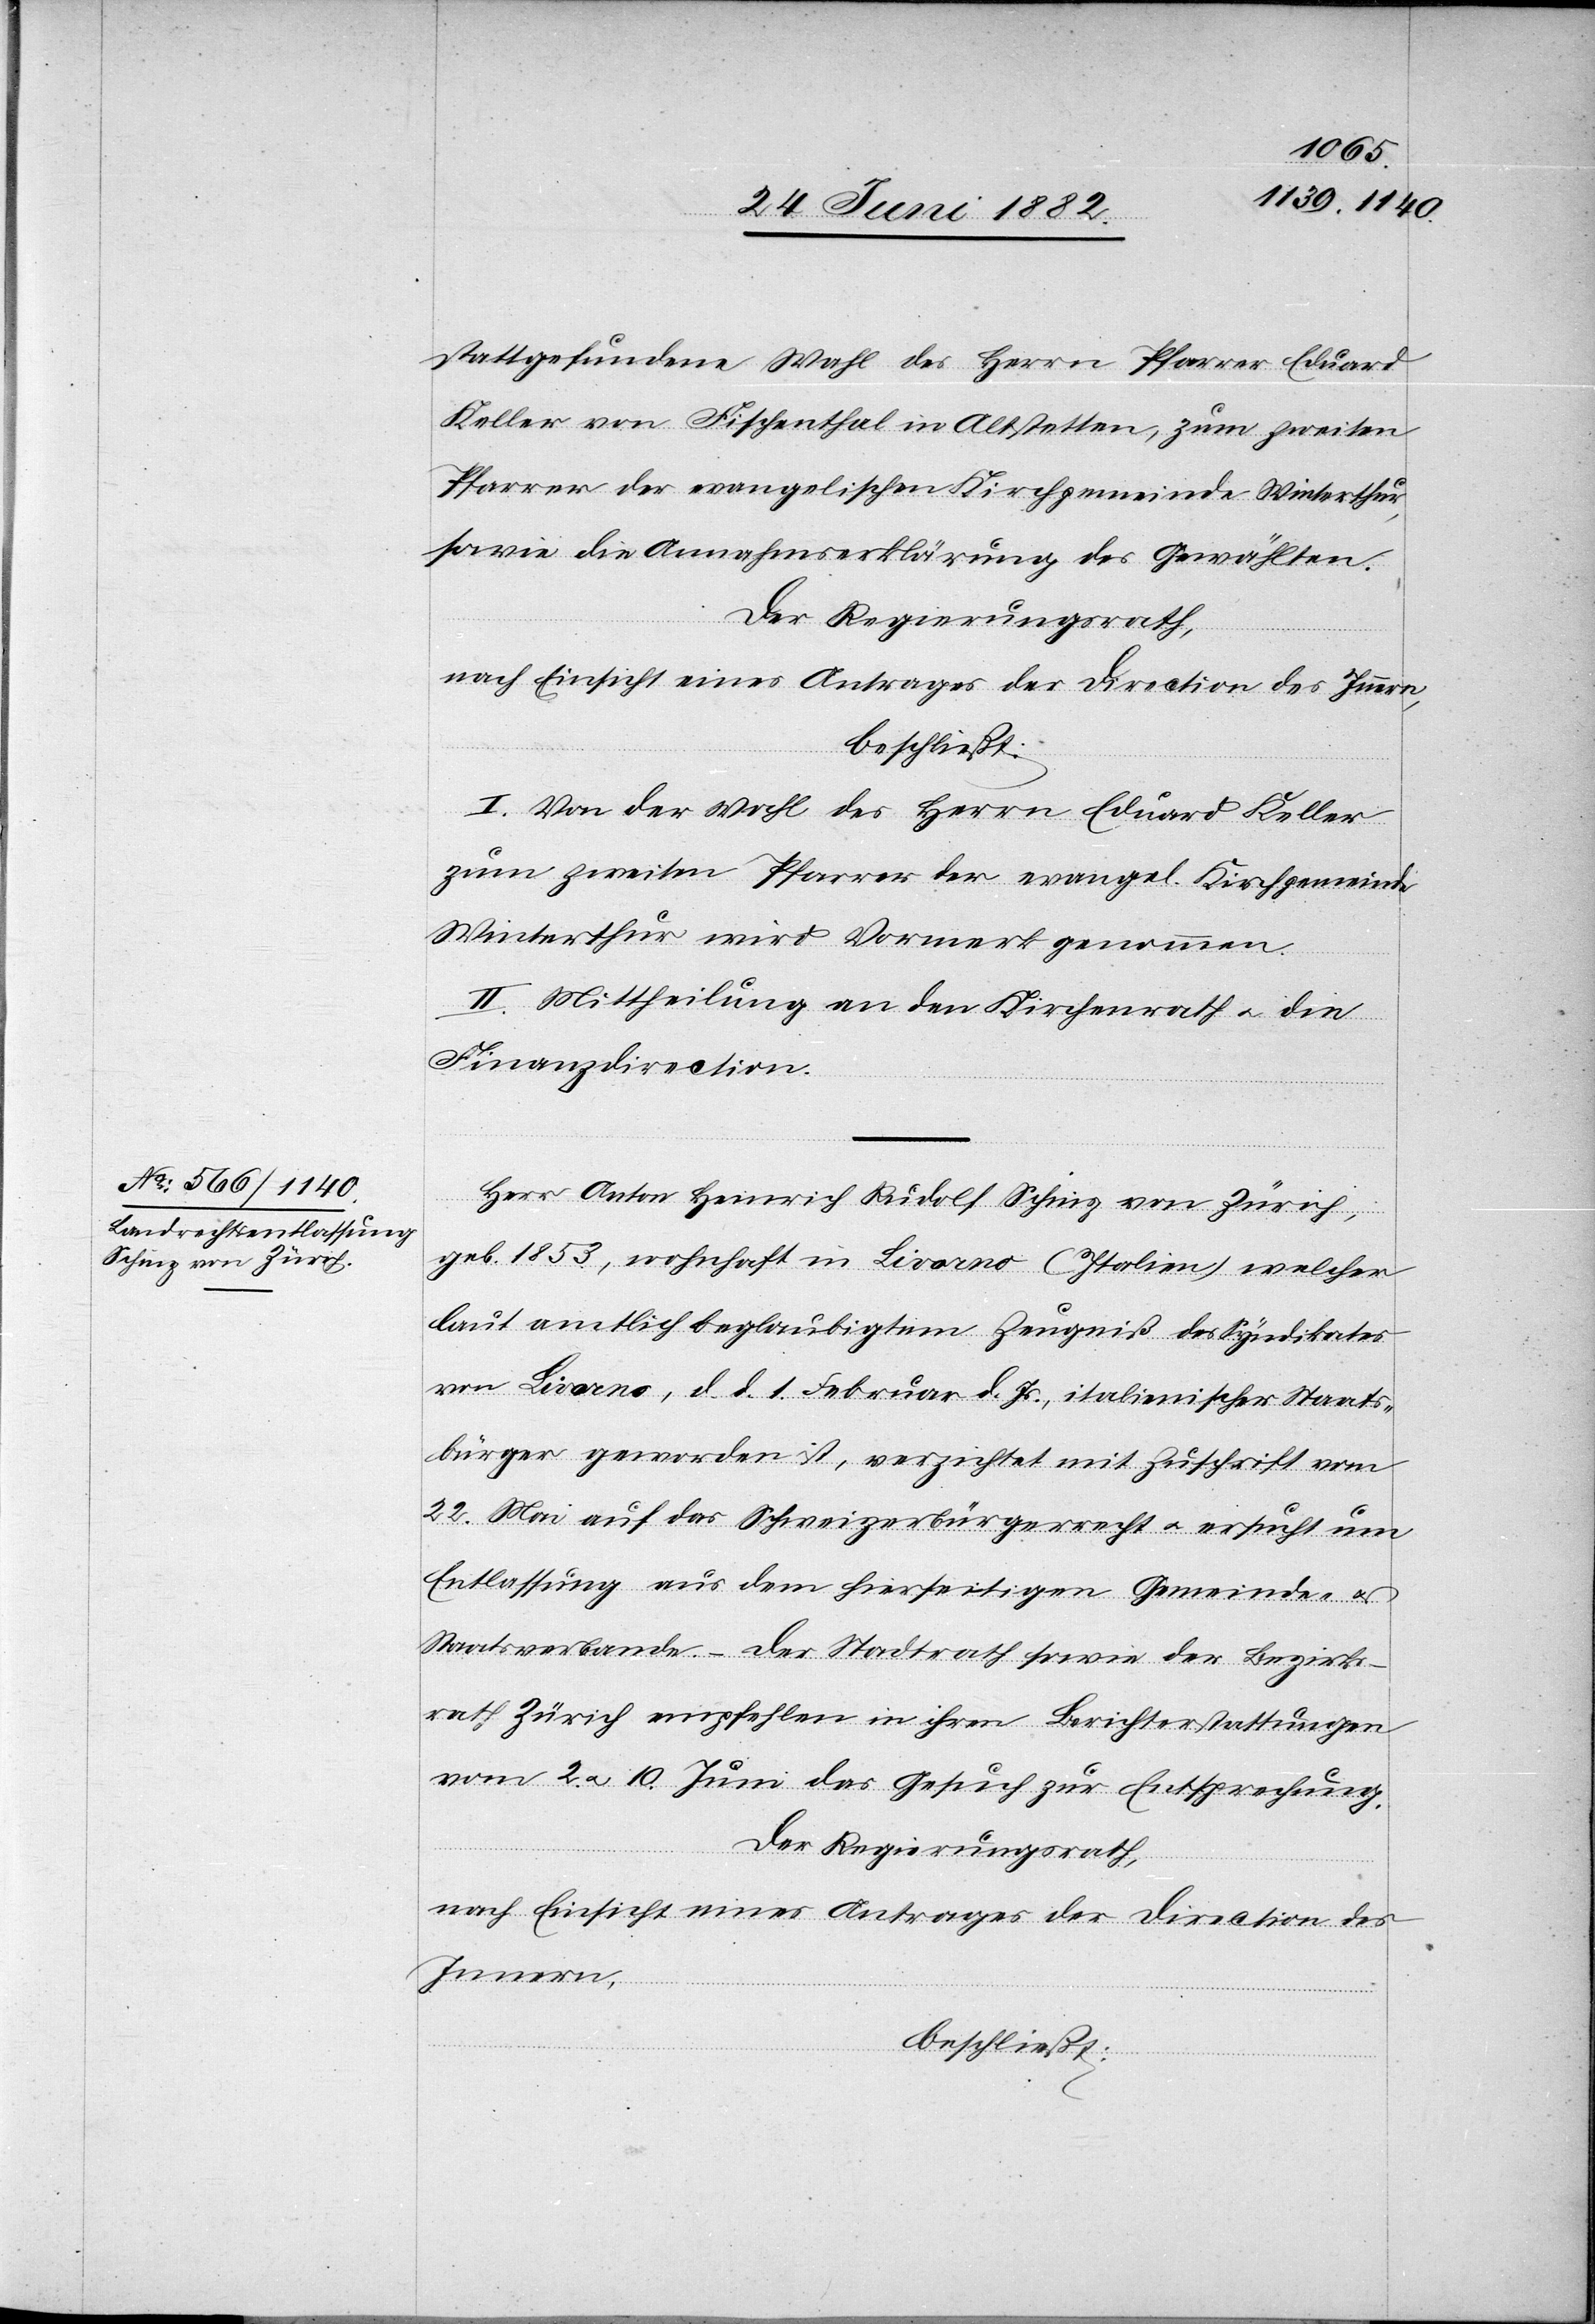
stattgefundene Wahl des Herrn Pfarrer Eduard
Keller von Fischenthal in Altstetten, zum zweiten
Pfarrer der evangelischen Kirchgemeinde Winterthur,
sowie die Annahmserklärung des Gewählten.
Der Regierungsrath,
nach Einsicht eines Antrages der Direction des Innern,
beschließt:
I. Von der Wahl des Herrn Eduard Keller
zum zweiten Pfarrer der evangel. Kirchgemeinde
Winterthur wird Vormerk genommen.
Mittheilung an den Kirchenrath u. die
Finanzdirection.
Herr Anton Heinrich Rudolf Schinz von Zürich,
geb. 1853, wohnhaft in Livorno (Italien) welcher
laut amtlich beglaubigtem Zeugniß des Syndikates
von Livorno, d. d. 1. Februar d. Js., italienischer Staats¬
bürger geworden ist, verzichtet mit Zuschrift vom
22. Mai auf das Schweizerbürgerrecht u. ersucht um
Entlassung aus dem hierseitigen Gemeinde- u.
Staatsverbande. – Der Stadtrath sowie der Bezirks¬
rath Zürich empfehlen in ihren Berichterstattungen
vom 2. u. 10. Juni das Gesuch zur Entsprechung.
Der Regierungsrath,
nach Einsicht eines Antrages der Direction des
Innern,
beschließt: